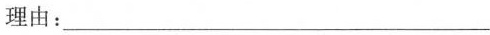
理由：___